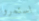
استمروا